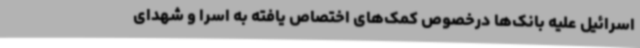
اسرائیل علیه بانک‌ها درخصوص کمک‌های اختصاص یافته به اسرا و شهدای